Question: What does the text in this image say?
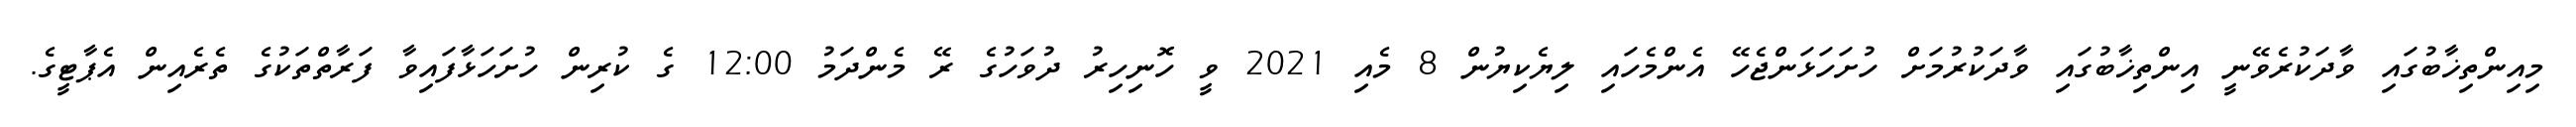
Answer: މިއިންތިޚާބުގައި ވާދަކުރެވޭނީ އިންތިޚާބުގައި ވާދަކުރުމަށް ހުށަހަޅަންޖެހޭ އެންމެހައި ލިޔެކިޔުން 8 މެއި 2021 ވީ ހޮނިހިރު ދުވަހުގެ ރޭ މެންދަމު 12:00 ގެ ކުރިން ހުށަހަޅާފައިވާ ފަރާތްތަކުގެ ތެރެއިން އެޕާޓީގެ.